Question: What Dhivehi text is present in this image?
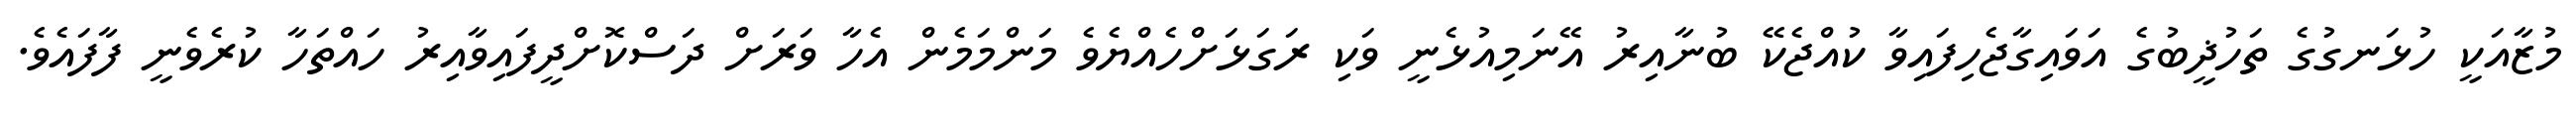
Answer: މުޒާއަކީ ހުޅަނގުގެ ތަހުޛީބުގެ އަވައިގާޖެހިފައިވާ ކުއްޖެކޭ ބުނާއިރު އޭނަމިއުޅެނީ ވަކި ރަގަޅަށްހެއްޔެވެ މަންމަމެން އެހާ ވަރަށް ދަސްކޮށްދީފައިވާއިރު ހައްތަހާ ކުރެވެނީ ފާފައެވެ.